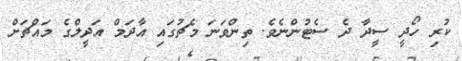
ކުރި ހޯދީ ސީދާ ދެ ސެޓުންނެވެ. ތިންވަނަ މެޗުގައި އާދަމް އަދީލްގެ މައްޗަށް